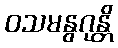
ဝသမနွဂုန္တိ